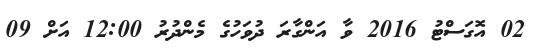
02 އޮގަސްޓު 2016 ވާ އަންގާރަ ދުވަހުގެ މެންދުރު 12:00 އަށް 09